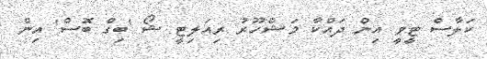
ކަލާސް ޓީވީ އިން ދައްކާ މަޝްހޫރު ރިއަލިޓީ ޝޯ 'ބިގް ބޮސް' އިން